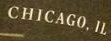
CHICAGO.IL